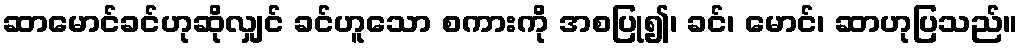
ဆာမောင်ခင်ဟုဆိုလျှင် ခင်ဟူသော စကားကို အစပြု၍၊ ခင်၊ မောင်၊ ဆာဟုပြသည်။